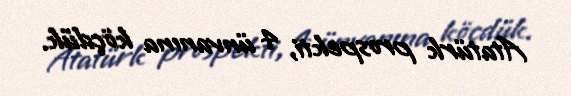
Atatürk prospekti, 4 ünvanına köçdük.